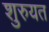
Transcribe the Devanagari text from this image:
शुरुयत